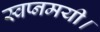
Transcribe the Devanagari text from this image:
स्वप्नमयी।